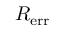
R _ { \mathrm { e r r } }